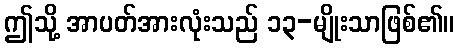
ဤသို့ အာပတ်အားလုံးသည် ၁၃-မျိုးသာဖြစ်၏။